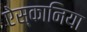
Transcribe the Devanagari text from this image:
ऐस्कानिया